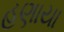
હણાયા